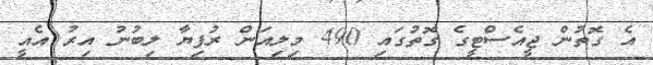
އެ ގޮތުން ޖީއެސްޓީގެ ގޮތުގައި 490 މިލިއަން ރުފިޔާ ލިބުނު އިރު އެއީ